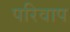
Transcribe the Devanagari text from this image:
परिवाप